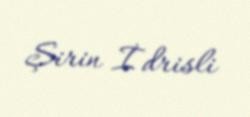
Şirin İdrisli